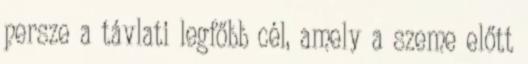
persze a távlati legfőbb cél, amely a szeme előtt